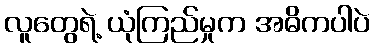
လူတွေရဲ့ ယုံကြည်မှုက အဓိကပါပဲ